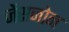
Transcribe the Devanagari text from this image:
जेंसजोन